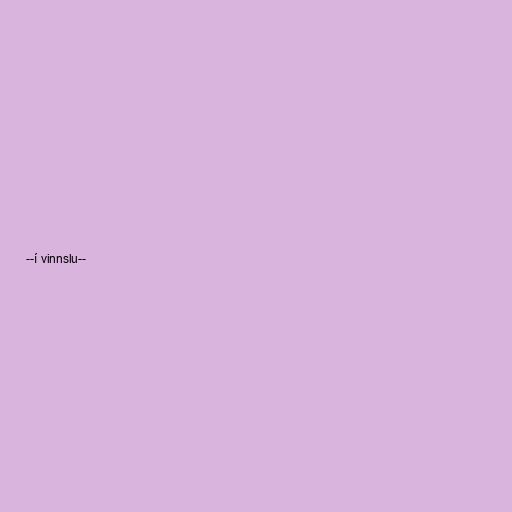
--í vinnslu--